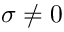
\sigma \ne 0